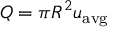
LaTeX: Q = \pi R ^ { 2 } { u } _ { \mathrm { a v g } }